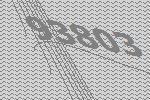
93803